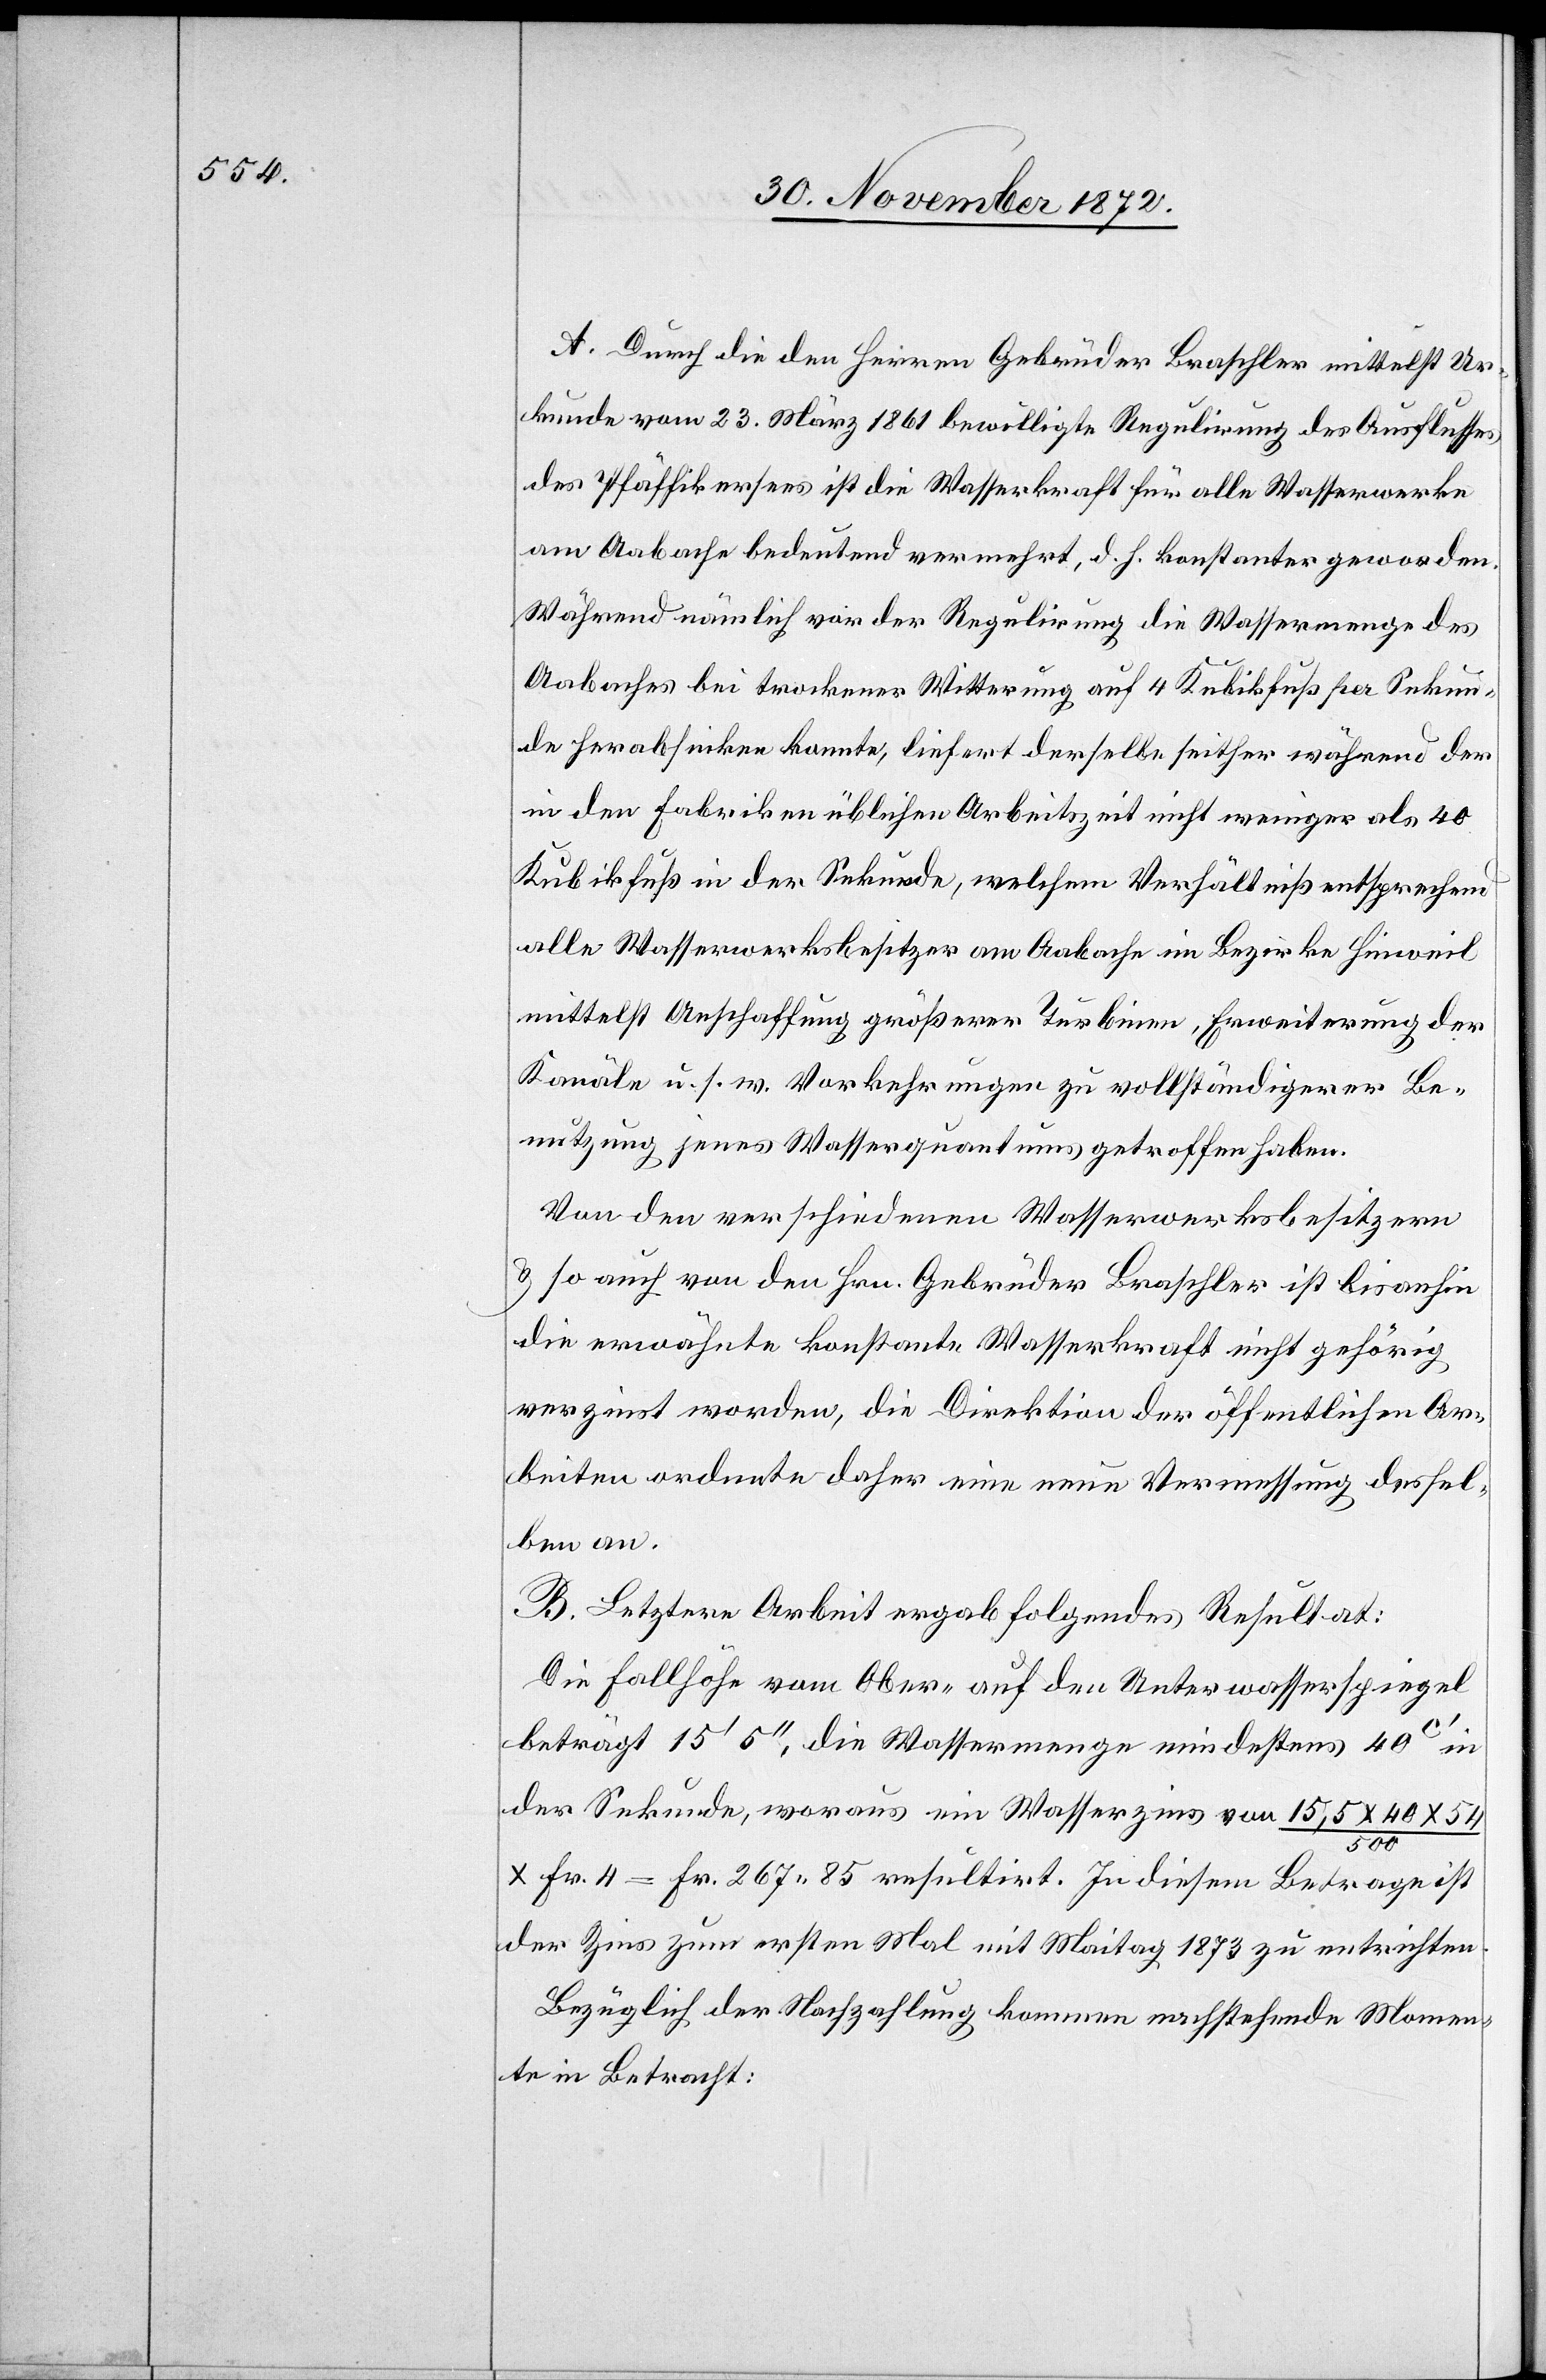
A. Durch die den Herren Gebrüder Braschler mittelst Ur¬
kunde vom 23. März 1861 bewilligte Regulirung des Ausflusses
des Pfäffikersees ist die Wasserkraft für alle Wasserwerke
am Aabache bedeutend vermehrt, d. h. konstanter geworden.
Während nämlich vor der Regulirung die Wassermenge des
Aabaches bei trockener Witterung auf 4 Kubikfuß per Sekun¬
de herabsinken konnte, liefert derselbe seither während der
in den Fabriken üblichen Arbeitszeit nicht weniger als 40
Kubikfuß in der Sekunde, welchem Verhältniß entsprechend
alle Wasserwerksbesitzer am Aabache im Bezirke Hinweil
mittelst Anschaffung größerer Turbinen, Erweiterung der
Kanäle u. s. w. Vorkehrungen zu vollständigerer Be¬
nutzung jenes Wasserquantums getroffen haben.
Von den verschiedenen Wasserwerksbesitzern
u. so auch von den Hrn. Gebrüder Braschler ist bisanhin
die erwähnte konstante Wasserkraft nicht gehörig
verzinst worden, die Direktion der öffentlichen Ar¬
beiten ordnete daher eine neue Vermessung dersel¬
ben an.
B. Letztere Arbeit ergab folgendes Resultat:
Die Fallhöhe vom Ober- auf den Unterwasserspiegel
beträgt 15’ 5’’, die Wassermenge mindestens 40c’ in
der Sekunde, woraus ein Wasserzins von 15,5 x 40 x 54
500
x Fr. 4 = Fr. 267 85 resultirt. In diesem Betrage ist
der Zins zum ersten Mal mit Maitag 1873 zu entrichten.
Bezüglich der Nachzahlung kommen nachstehende Momen¬
te in Betracht: